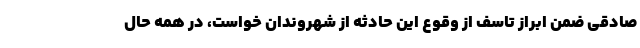
صادقی ضمن ابراز تاسف از وقوع این حادثه از شهروندان خواست، در همه حال